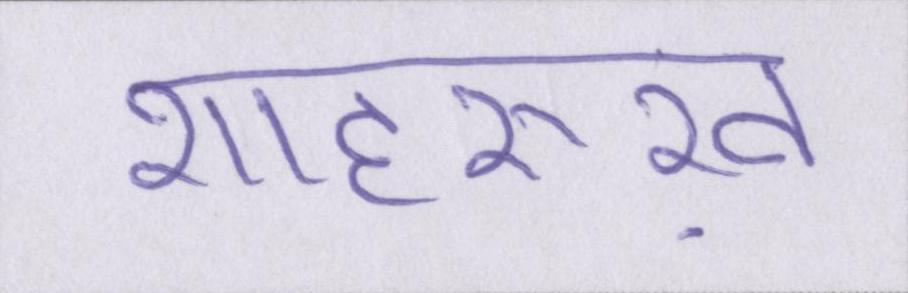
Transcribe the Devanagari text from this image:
शाहरुख़